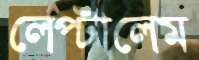
লেপ্‌টালেম